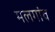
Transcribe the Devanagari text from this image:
मलगांव